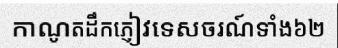
កាណូតដឹកភ្ញៀវទេសចរណ៍ទាំង៦២